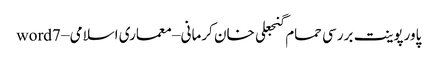
پاورپوینت بررسی حمام گنجعلی خان کرمانی – معماری اسلامی – word7